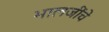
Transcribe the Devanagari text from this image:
भालजींचे